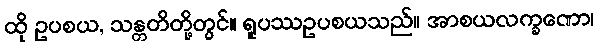
ထို ဥပစယ, သန္တတိတို့တွင်။ ရူပဿဥပစယသည်။ အာစယလက္ခဏော၊